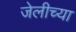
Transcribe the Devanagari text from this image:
जेलीच्या